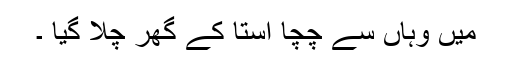
میں وہاں سے چچا اُستا کے گھر چلا گیا ۔